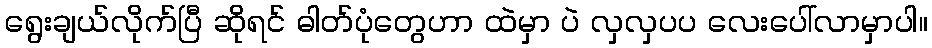
ရွေးချယ်လိုက်ပြီ ဆိုရင် ဓါတ်ပုံတွေဟာ ထဲမှာ ပဲ လှလှပပ လေးပေါ်လာမှာပါ။